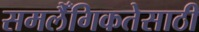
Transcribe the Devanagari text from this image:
समलैँगिकतेसाठी